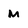
Character: M